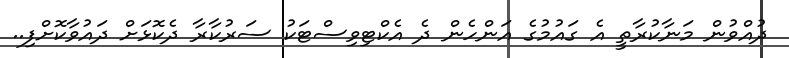
ދުއްވުން މަނާކުރާތީ އެ ގައުމުގެ އަންހެން ދެ އެކްޓިވިސްޓަކު ސަރުކާރާ ދެކޮޅަށް ދައުވާކޮށްފި..